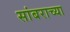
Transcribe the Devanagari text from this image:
सांबराच्या